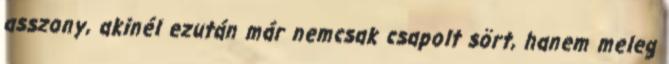
asszony, akinél ezután már nemcsak csapolt sört, hanem meleg